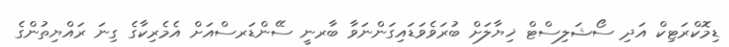
ޑިމޮކްރަޓިކް އަދި ސޯޝަލިސްޓް ޚިޔާލަށް ބުރަވެވަޑައިގަންނަވާ ބާރނީ ސޭންޑަރސްއަށް އެމެރިކާގެ ގިނަ ރައްޔިތުންގެ